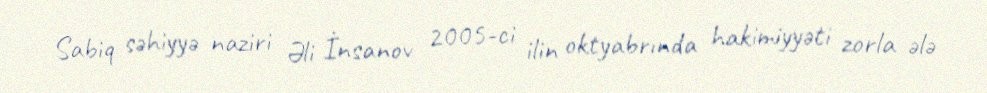
Sabiq səhiyyə naziri Əli İnsanov 2005-ci ilin oktyabrında hakimiyyəti zorla ələ